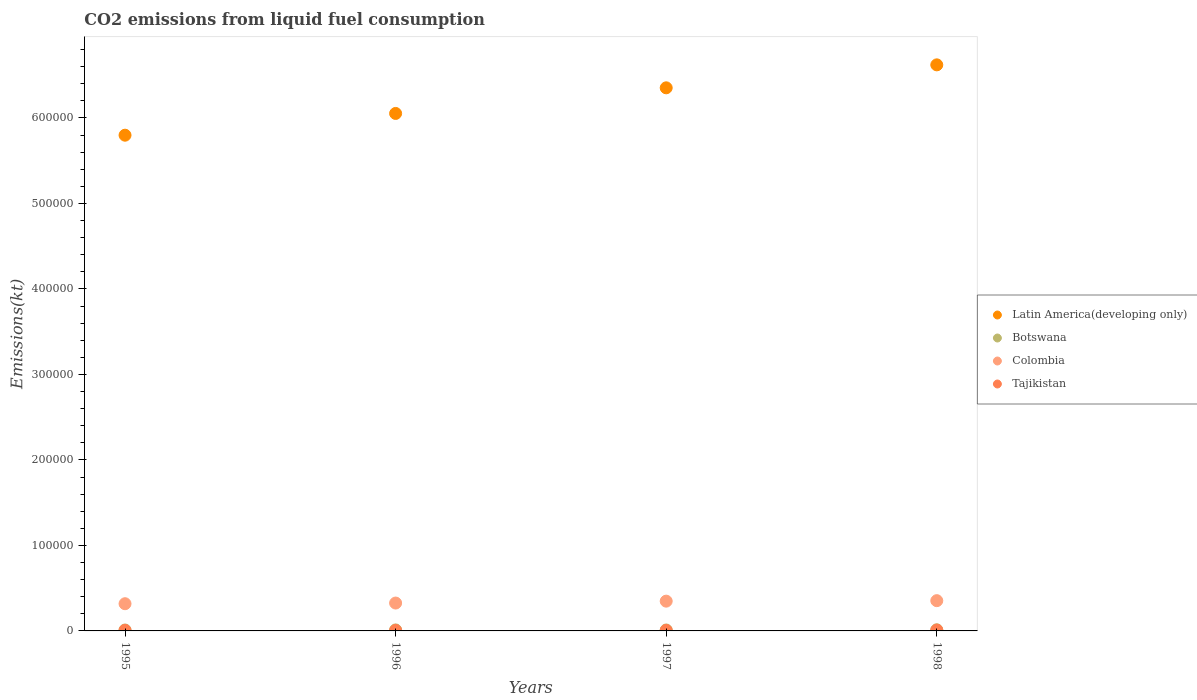
| Years | Latin America(developing only) | Botswana | Colombia | Tajikistan |
 | --- | --- | --- | --- | --- |
 | 1995 | 5.8e+05 | 1.07e+03 | 3.18e+04 | 671 |
 | 1996 | 6.05e+05 | 1.17e+03 | 3.26e+04 | 631 |
 | 1997 | 6.35e+05 | 1.1e+03 | 3.48e+04 | 631 |
 | 1998 | 6.62e+05 | 1.32e+03 | 3.54e+04 | 968 |